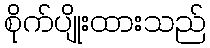
စိုက်ပျိုးထားသည်